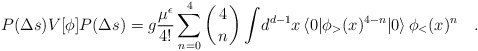
\begin{align*}{P(\Delta s)V[\phi]P(\Delta s)}={g}{\mu^\epsilon\over 4!}\sum_{n=0}^4 \left({4\atop n}\right)\int\! d^{d-1}x \,\langle 0|\phi_>(x)^{4-n}|0\rangle\,\phi_<(x)^n\quad.\end{align*}